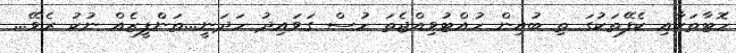
ހޮޓާތަކާއި ކެފޭތަކުގަ ތި ބުއިން ހުއްޓުވިއްޖެތަ ހުސް ގަވައިދު ހަދަނީ...ތަންފީޒެއް ނުކު ރެވޭ...